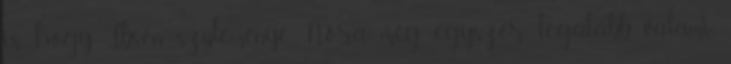
is, hogy Ibsen szüleménye, Nóra még egyszer legalább valami